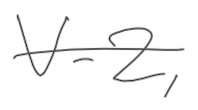
Text: V-2,
Cross-out: single-line
Writing tool: digital_gray